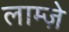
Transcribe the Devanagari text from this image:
लाम्ज़े